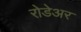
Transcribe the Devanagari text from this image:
रोडेअर